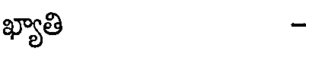
ఖ్యాతి -